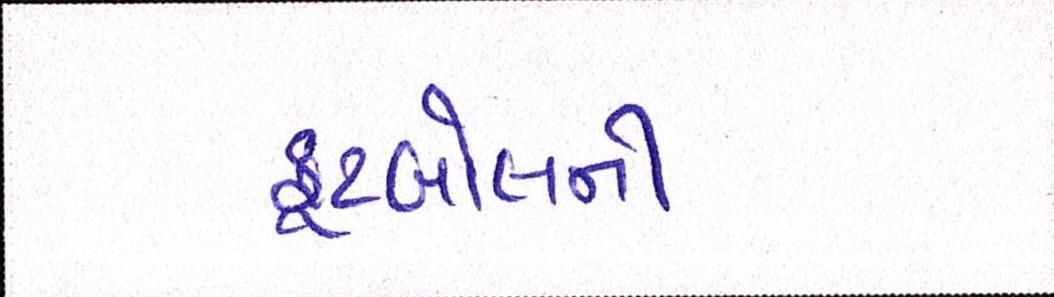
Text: ફૂટબોલની